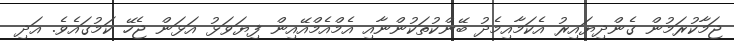
ޖަމާކުރަމުން ގެންދިޔައިރު އެކަމާއިމެދު ބޭންކުތަކުންނާއި އެމްއެމްއޭއިން ފިޔަވަޅު އަޅަން ޖެހޭ ކަމުގައެވެ. އަދި